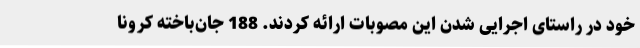
خود در راستای اجرایی شدن این مصوبات ارائه کردند. 188 جان‌باخته کرونا